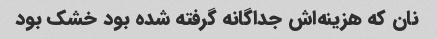
نان که هزینه‌اش جداگانه گرفته شده بود خشک بود